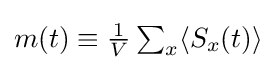
{\textstyle m(t)\equiv {\frac {1}{V}}\sum _{x}\langle S_{x}(t)\rangle }